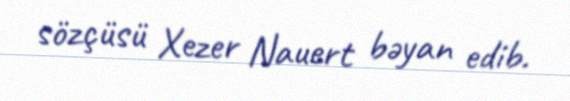
sözçüsü Xezer Nauert bəyan edib.